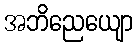
အဘိညေယျော